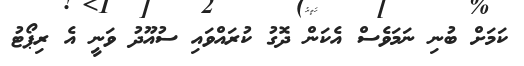
ކަމަށް ބުނި ނަމަވެސް އެކަން ދޮގު ކުރައްވައި ސުއޫދު ވަނީ އެ ރިޕޯޓު